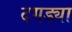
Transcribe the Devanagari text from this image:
दगड्या